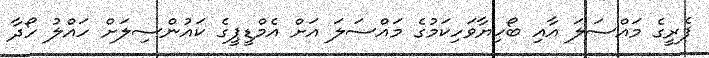
ފެރީގެ މައްސަލަ އާއި ބޯހިޔާވަހިކަމުގެ މައްސަލަ އަށް އެމްޑީޕީގެ ކައުންސިލަށް ހައްލު ހޯދާ